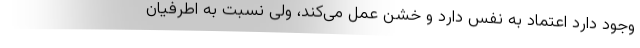
وجود دارد اعتماد به نفس دارد و خشن عمل می‌کند، ولی نسبت به اطرفیان